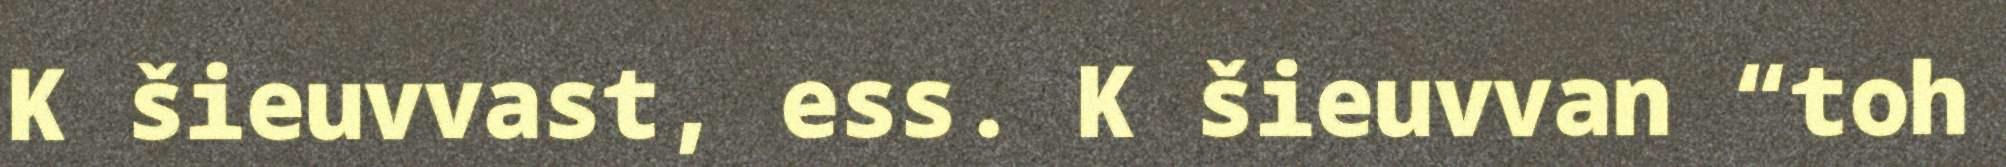
K šieuvvast, ess. K šieuvvan “toh